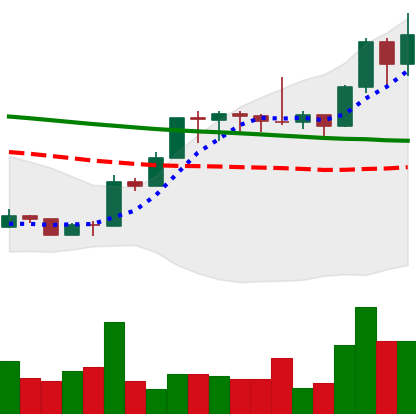
Ticker: XMR-USD
Chart end date: 2020-01-17
Forward return: -5.988%
Label: down_5_7